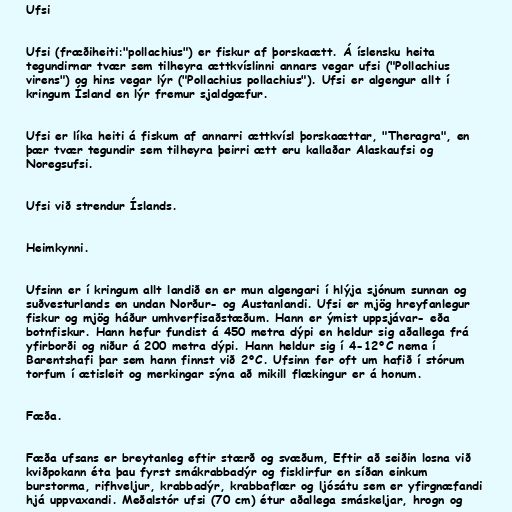
Ufsi

Ufsi (fræðiheiti:"pollachius") er fiskur af þorskaætt. Á íslensku heita
tegundirnar tvær sem tilheyra ættkvíslinni annars vegar ufsi ("Pollachius
virens") og hins vegar lýr ("Pollachius pollachius"). Ufsi er algengur allt í
kringum Ísland en lýr fremur sjaldgæfur.

Ufsi er líka heiti á fiskum af annarri ættkvísl þorskaættar, "Theragra", en
þær tvær tegundir sem tilheyra þeirri ætt eru kallaðar Alaskaufsi og
Noregsufsi.

Ufsi við strendur Íslands.

Heimkynni.

Ufsinn er í kringum allt landið en er mun algengari í hlýja sjónum sunnan og
suðvesturlands en undan Norður- og Austanlandi. Ufsi er mjög hreyfanlegur
fiskur og mjög háður umhverfisaðstæðum. Hann er ýmist uppsjávar- eða
botnfiskur. Hann hefur fundist á 450 metra dýpi en heldur sig aðallega frá
yfirborði og niður á 200 metra dýpi. Hann heldur sig í 4-12°C nema í
Barentshafi þar sem hann finnst við 2°C. Ufsinn fer oft um hafið í stórum
torfum í ætisleit og merkingar sýna að mikill flækingur er á honum.

Fæða.

Fæða ufsans er breytanleg eftir stærð og svæðum, Eftir að seiðin losna við
kviðpokann éta þau fyrst smákrabbadýr og fisklirfur en síðan einkum
burstorma, rifhveljur, krabbadýr, krabbaflær og ljósátu sem er yfirgnæfandi
hjá uppvaxandi. Meðalstór ufsi (70 cm) étur aðallega smáskeljar, hrogn og